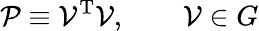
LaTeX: {\cal{P}}\equiv{\cal{V}}^{\mathrm{T}}{\cal{V}},\qquad{\cal{V}}\in G